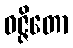
ဝဇ္ဇိတော